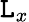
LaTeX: \mathtt{L}_{x}